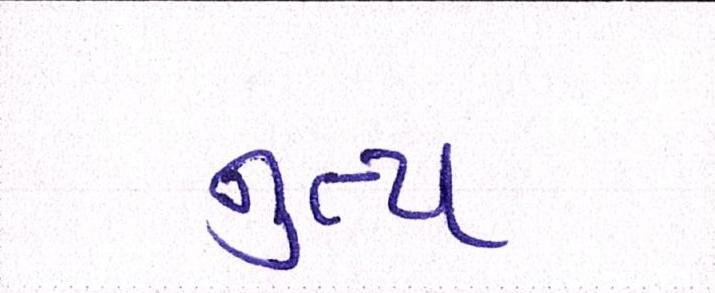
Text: નૃત્ય